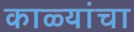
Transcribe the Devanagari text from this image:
काळ्यांचा